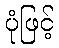
ပုံဖြင့်